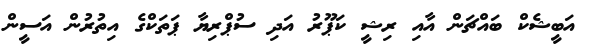
އަބީޝެކް ބައްޗަން އާއި ރިޝީ ކަޕޫރު އަދި ސުޕްރިޔާ ޕަތަކްގެ އިތުރުން އަސީން